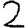
Digit: 2